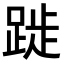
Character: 𨁾